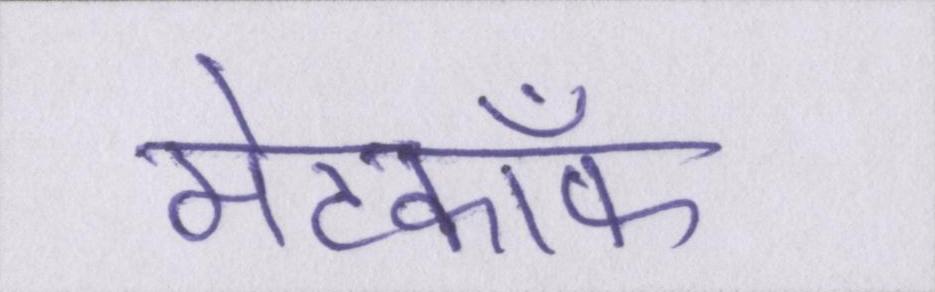
मेटकॉफ